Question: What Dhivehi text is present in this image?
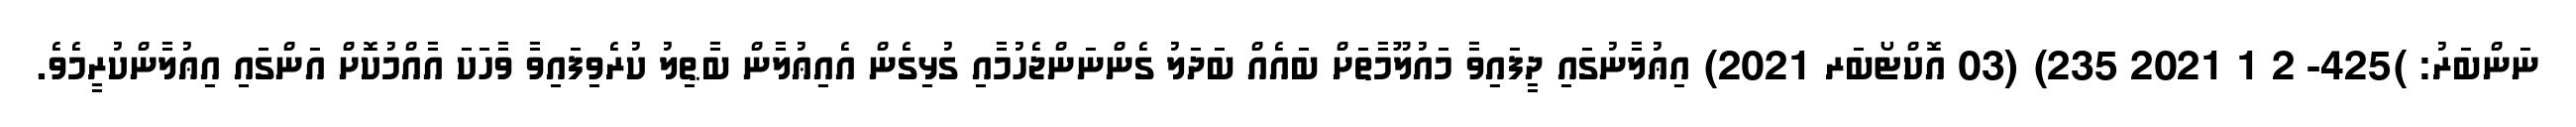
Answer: ނަންބަރު: )425- 2 1 2021 235) (03 އޮކްޓޯބަރ 2021) އިޢުލާނުގައި ދީފައިވާ މައުލޫމާތަށް ބައެއް ބަދަލު ގެންނަންޖެހުމާއި ގުޅިގެން އެއިޢުލާން ބާޠިލު ކުރެވިފައިވާ ވާހަކަ އާއްމުކޮށް އަންގައި އިޢުލާންކުރީމެވެ.